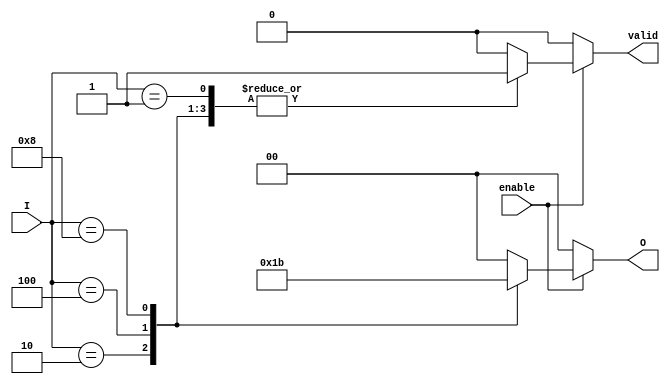
module binary_encoder (
    input wire [3:0] I,      // 4 input lines
    input wire enable,        // Enable signal
    output reg [1:0] O,      // 2 output lines
    output reg valid          // Valid output flag
);

    always @(*) begin
        if (!enable) begin
            O = 2'b00;        // Default output when not enabled
            valid = 1'b0;     // Output is not valid
        end else begin
            case (I)
                4'b0001: begin
                    O = 2'b00; // I0 active
                    valid = 1'b1;
                end
                4'b0010: begin
                    O = 2'b01; // I1 active
                    valid = 1'b1;
                end
                4'b0100: begin
                    O = 2'b10; // I2 active
                    valid = 1'b1;
                end
                4'b1000: begin
                    O = 2'b11; // I3 active
                    valid = 1'b1;
                end
                default: begin
                    O = 2'b00;   // Invalid case (no input or multiple active)
                    valid = 1'b0; // Output is not valid
                end
            endcase
        end
    end

endmodule